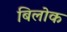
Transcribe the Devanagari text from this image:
बिलोक